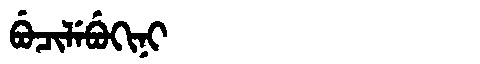
Manchu: ᠪᡠᠴᡳᠯᡝᠪᡠᡴᡳᠨᡳ
Romanization: BUCILEBUKINI